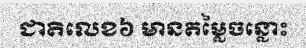
ជាតិលេខ៦ មានតម្លៃចន្លោះ